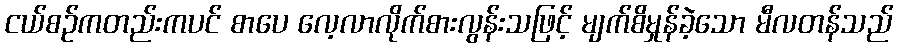
ငယ်စဉ်ကတည်းကပင် စာပေ လေ့လာလိုက်စားလွန်းသဖြင့် မျက်စိမှုန်ခဲ့သော မီလတန်သည်